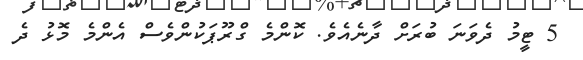
5 ޓީމު ދެވަނަ ބުރަށް ދާނެއެވެ. ކޮންމެ ގްރޫޕަކުންވެސް އެންމެ މޮޅު ދެ